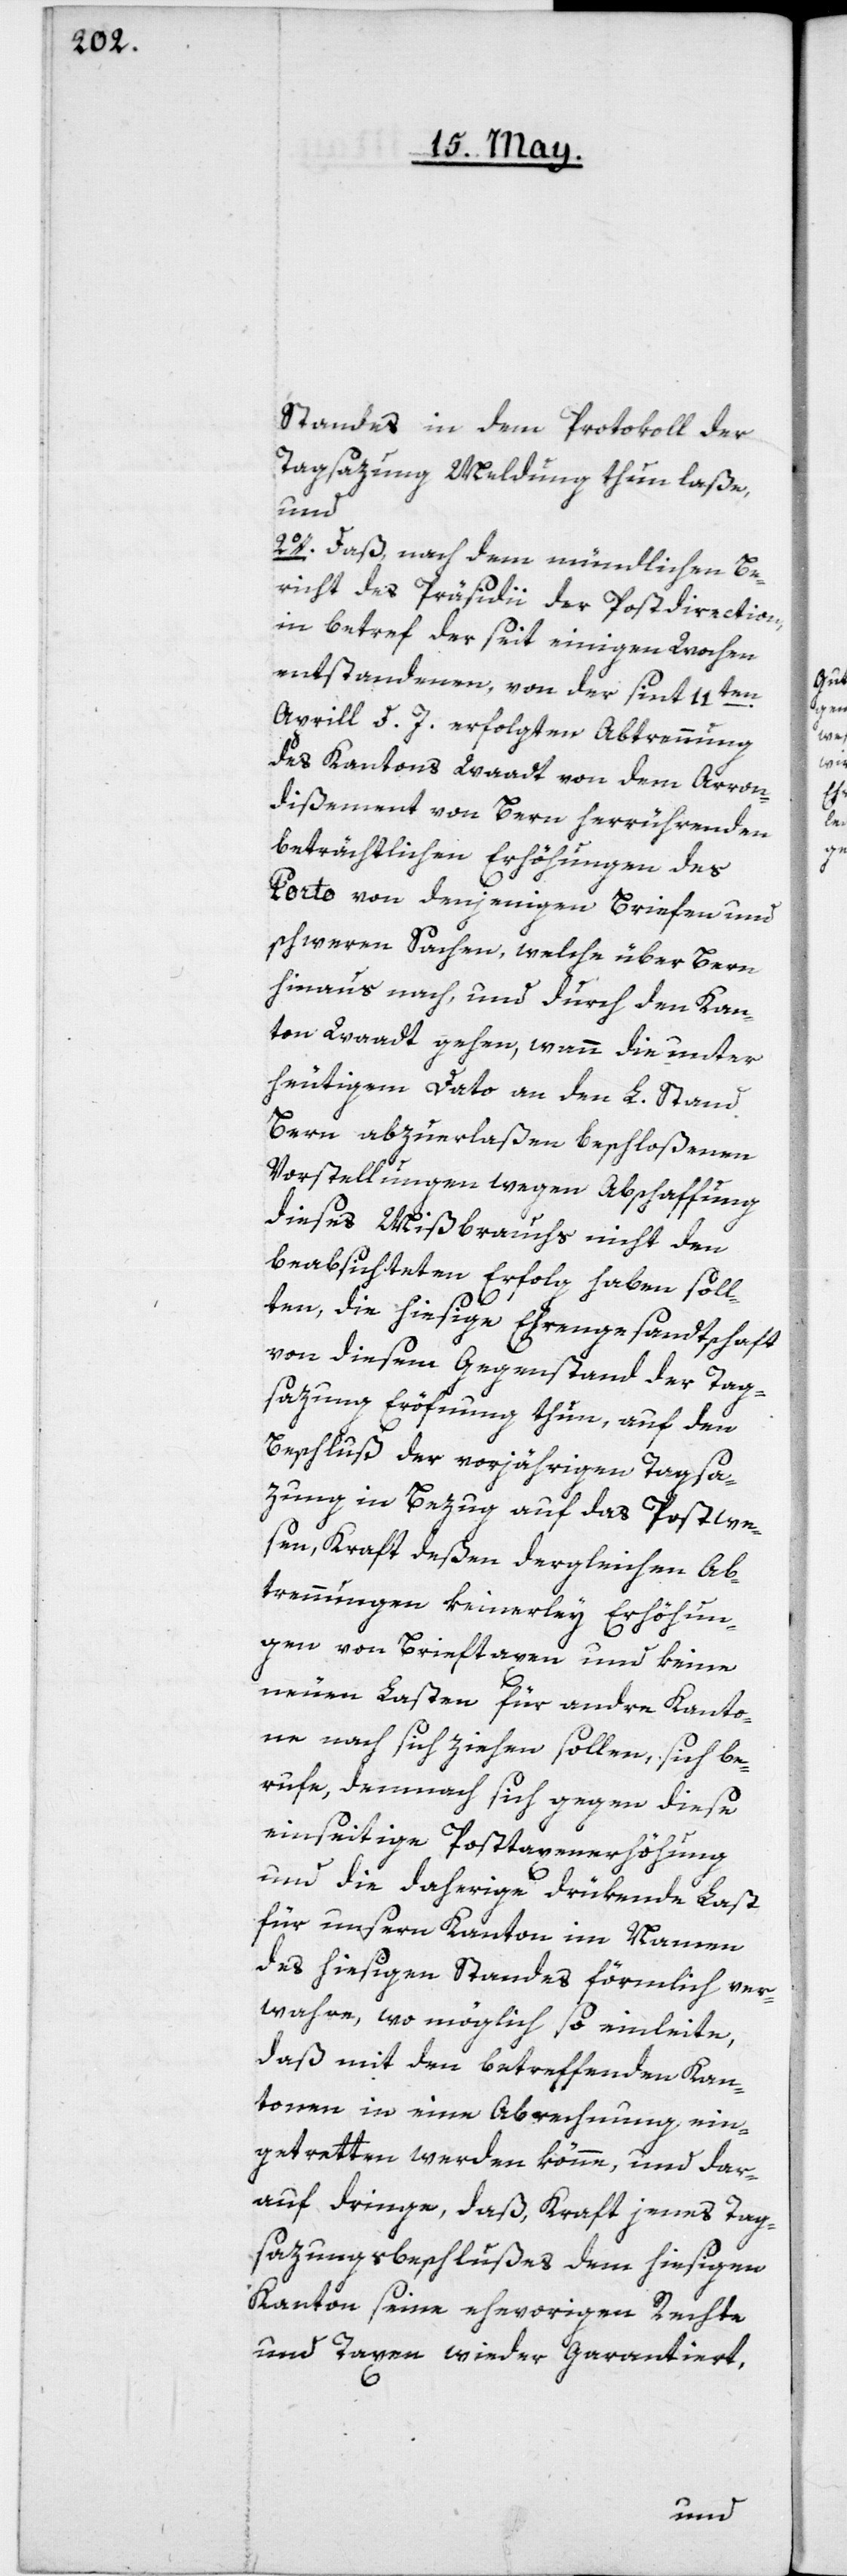
Standes in dem Protokoll der
Tagsazung Meldung thun laße,
und
2o. daß, nach dem mündlichen Be¬
richt des Präsidii der Postdirection,
in betref der seit einigen Wochen
entstandenen, von der seit 11ten
Aprill d. J. erfolgten Abtrennung
des Kantons Waadt von dem Arron¬
dißement von Bern herrührenden
beträchtlichen Erhöhungen des
Porto von denjenigen Briefen und
schweren Sachen, welche über Bern
hinaus nach und durch den Kan¬
ton Waadt gehen, wann die unter
heutigem Dato an den L. Stand
Bern abzuerlaßen beschloßenen
Vorstellungen wegen Abschaffung
dieses Mißbrauchs nicht den
beabsichtigten Erfolg haben soll¬
ten, die hiesige Ehregesandtschaft
von diesem Gegenstand der Tag¬
sazung Eröffnung thun, auf den
Beschluß der vorjährigen Tagsa¬
wesen, Kraft deßen dergleichen Ab¬
trennungen keinerley Erhöhun¬
gen von Brieftaxen und keine
Post¬
neuen Lasten für andre Kanto¬
ne nach sich ziehen sollen, sich be¬
rufe, demnach sich gegen diese
einseitige Posttaxenerhöhung
und die daherige drükende Last
für unsern Kanton im Namen
des hiesigen Standes förmlich ver¬
wahre, wo möglich so einleite,
daß mit den betreffenden Kan¬
tonen in eine Abrechnung ein¬
getretten werden könne, und dar¬
auf dringe, daß Kraft jenes Tag¬
sazungsbeschlußes dem hiesigen
Kanton seine ehevorigen Rechte
und Taxen wieder garantiert,
zung